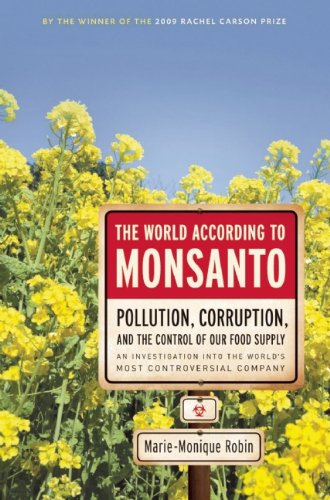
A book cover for The World According to Monsanto; Marie-Monique Robin; Medical Books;